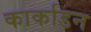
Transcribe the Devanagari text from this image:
कार्काडन